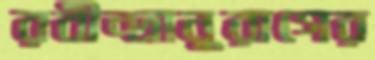
রবীন্দ্রানুরাগের